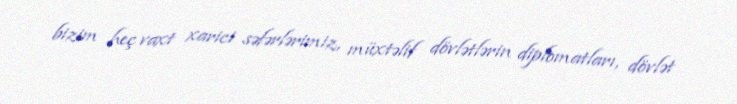
bizim heç vaxt xarici səfərlərimiz, müxtəlif dövlətlərin diplomatları, dövlət